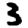
Digit: 3